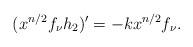
LaTeX: \begin{align*}(x^{n/2} f_\nu h_2)' = -k x^{n/2}f_\nu . \end{align*}